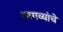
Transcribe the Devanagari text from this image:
बागव्यांचे